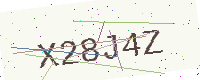
Text: X28J4Z